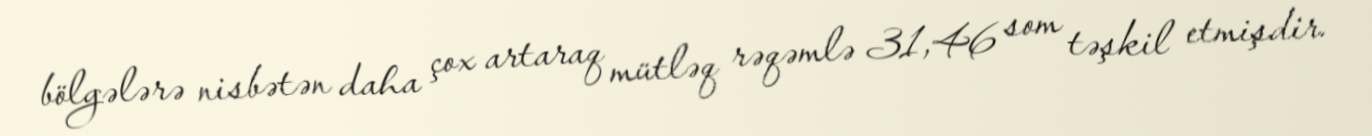
bölgələrə nisbətən daha çox artaraq mütləq rəqəmlə 31,46 som təşkil etmişdir.